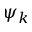
\psi _ { k }